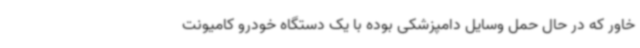
خاور که در حال حمل وسایل دامپزشکی بوده با یک دستگاه خودرو کامیونت